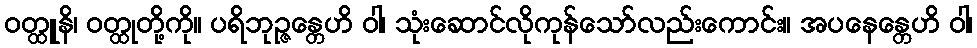
ဝတ္ထူနိ၊ ဝတ္ထုတို့ကို။ ပရိဘုဉ္ဇန္တေဟိ ဝါ၊ သုံးဆောင်လိုကုန်သော်လည်းကောင်း။ အပနေန္တေဟိ ဝါ၊